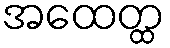
အထေတ္ထ